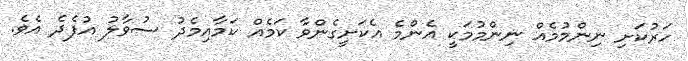
ހަރުކަށި ނިންމުމެއް ނިންމުމަކީ އެންމެ އެކަށީގެންވާ ކަމެއް ކަމާއިމެދު ސުވާލު އުފެދެ އެވެ.